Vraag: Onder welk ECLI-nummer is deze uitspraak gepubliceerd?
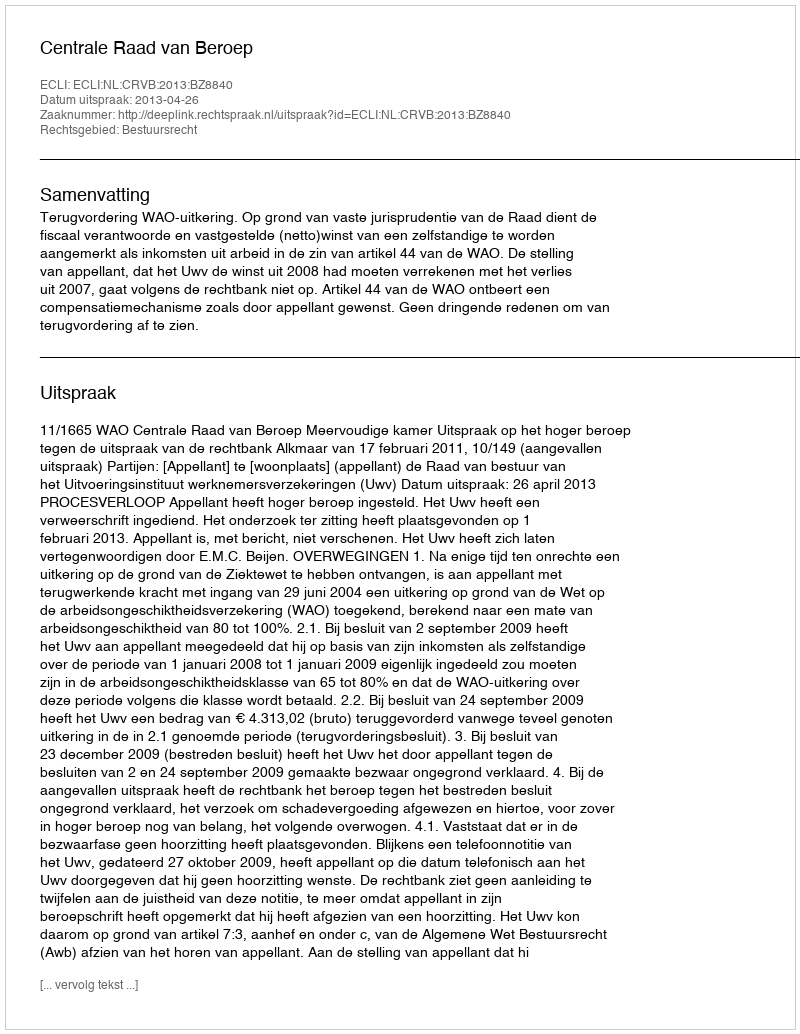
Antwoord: ECLI:NL:CRVB:2013:BZ8840